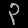
Digit: ၃